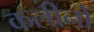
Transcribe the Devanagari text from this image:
कलीनों